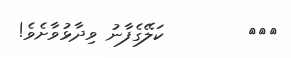
١١٨        ކަލޭގެފާނު ވިދާޅުވާށެވެ!